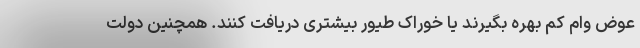
عوض وام کم بهره بگیرند یا خوراک طیور بیشتری دریافت کنند. همچنین دولت